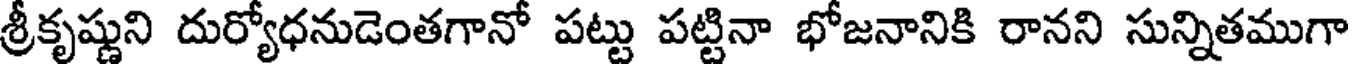
శ్రీకృష్ణుని దుర్యోధనుడెంతగానో పట్టు పట్టినా భోజనానికి రానని సున్నితముగా